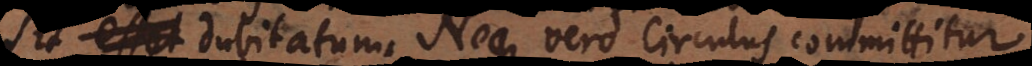
esset sit dubitatum. Neque vero Circulus committitur